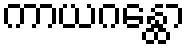
ကာယဂန္ထော